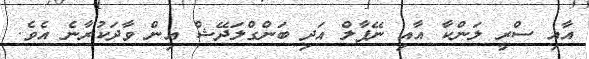
އާއި ސްރީ ލަންކާ އާއި ނޭޕާލް އަދި ބަންގްލަދޭޝް އިން ވާދަކުރާނެ އެވެ.